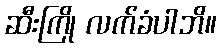
ဆီးကြို လက်ခံပါဘိ။